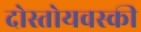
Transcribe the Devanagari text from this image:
दोस्तोयवस्की